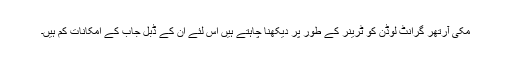
مکی آرتھر گرانٹ لوڈن کو ٹرینر کے طور پر دیکھنا چاہتے ہیں اس لئے ان کے ڈبل جاب کے امکانات کم ہیں۔